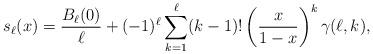
LaTeX: \begin{align*}s_\ell(x) = \frac{B_\ell(0)}{\ell} +(-1)^\ell\sum_{k=1}^\ell(k-1)!\left(\frac{x}{1-x} \right)^k\gamma(\ell,k),\end{align*}